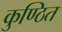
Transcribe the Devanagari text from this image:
कुण्ठित